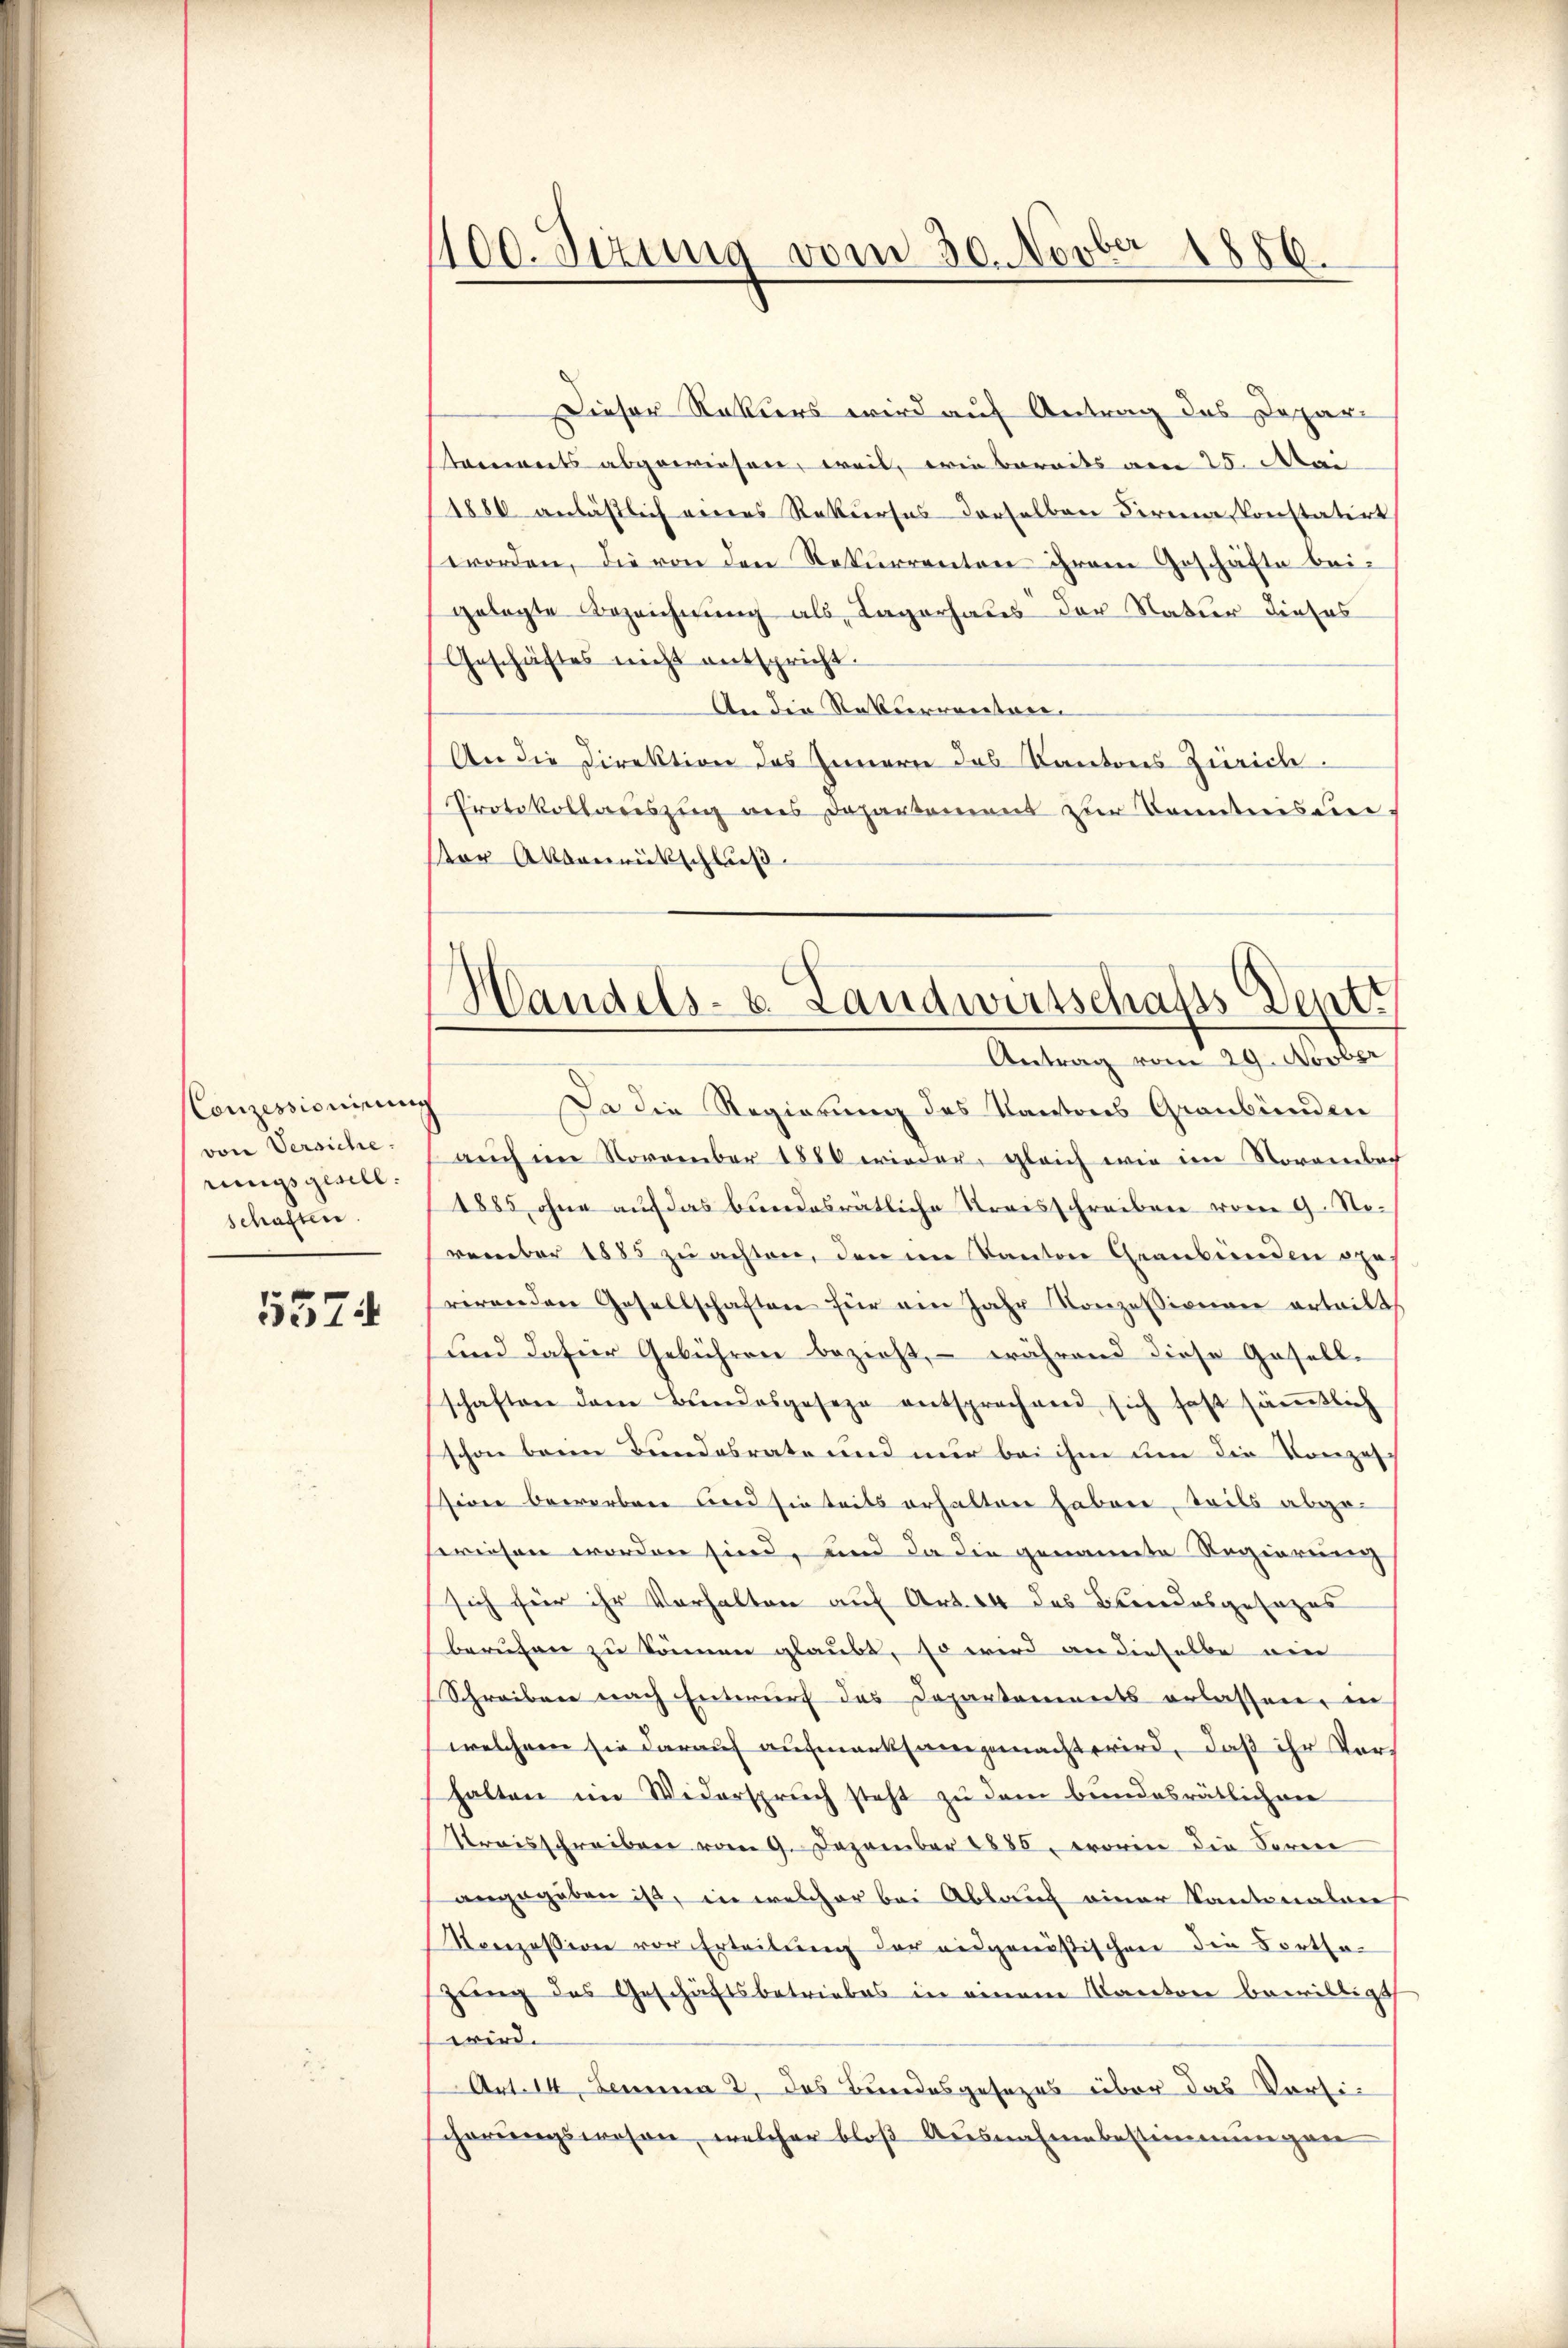
Conzessionirung
von Versiche.
rungsgesell
schaften.

5574

400. Sizung vom 30. Novber 1856.

Dieser Rekurs wird auf Antrag des Depar-
tanwerts abgewiesen, weil, wie bereits vom 25. Mai
1880 anlässlich eines Rekurses derselben Firma konstatirt
worden, die von den Rekurrenten ihrem Geschäfte bei-
gelegte Bezeichnung als Lagerhaus der Natur dieses
Geschäftes nicht entspricht.
An die Rekurrenten.
An die Direktion des Innern das Kantons Zürich¬
Protokollaceszŭg ans Departement zŭr Banntnis dere.
ter Aktenrückschluß
Antrag vom 29. Novber
Da die Regierung des Kantons Graubünden
auch im November 1880 wieder, gleich wie im Norambach
1885 ohne auf das bundesratliche Kreisschreiben vom 9. Norember 1885 zu achten, den im Kanton Graubünden opus
rirenden Gesellschaften für ein Jahr Konzessionen erteilt
und dafür Gebühren bezieht, – während diese Gesellschaften dem Bundesgeseze entsprechend sich fast säṁtlich
schon beim Bundesrate und nur bei ihm um die Konzessiger bewerben und sie teils erhalten haben, weils abgeseriesen worden sind, und da die genannte Regierung
sich für ihr Verhalten auf Art. 14 des Brandesgesages
berufen zu können glaubt, so wird an dieselbe ein
Schreiben nach Entwurf das Departements erlassen, in
welchem sie darauf aufmerksam gemacht wird, daß ihr Vorhalten im Widerspruch steht zu dem bundesrätlichenr
Preisschreiben vom 9. Dezember 1886, worin die Forme
angegeben ist, in welcher bei Ablauf einer Kantonalan
Konzession vor Erteilŭng der ausgenößischen die Fortsezung des Geschäftsbetriebes in einem Kantone bewilligt
wird.
Art. 14. Lemma 2 das Bundesgesezes über das Vorsic
scherungswesen, welcher bloß Ausnahmebestimmungen

Handels- u. Landwirtschafts Deptt